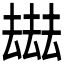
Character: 𠬑